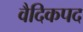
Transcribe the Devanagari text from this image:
वैदिकपद